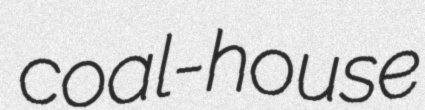
coal-house